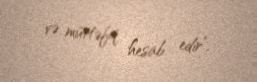
və müttəfiq hesab edir”.